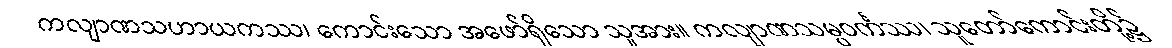
ကလျာဏသဟာယကဿ၊ ကောင်းသော အဖော်ရှိသော သူအား။ ကလျာဏသမ္ပဝင်္ကဿ၊ သူတော်ကောင်းတို့၌